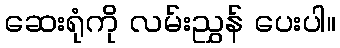
ဆေးရုံကို လမ်းညွှန် ပေးပါ။